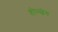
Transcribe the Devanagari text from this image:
होल्ल्वेग